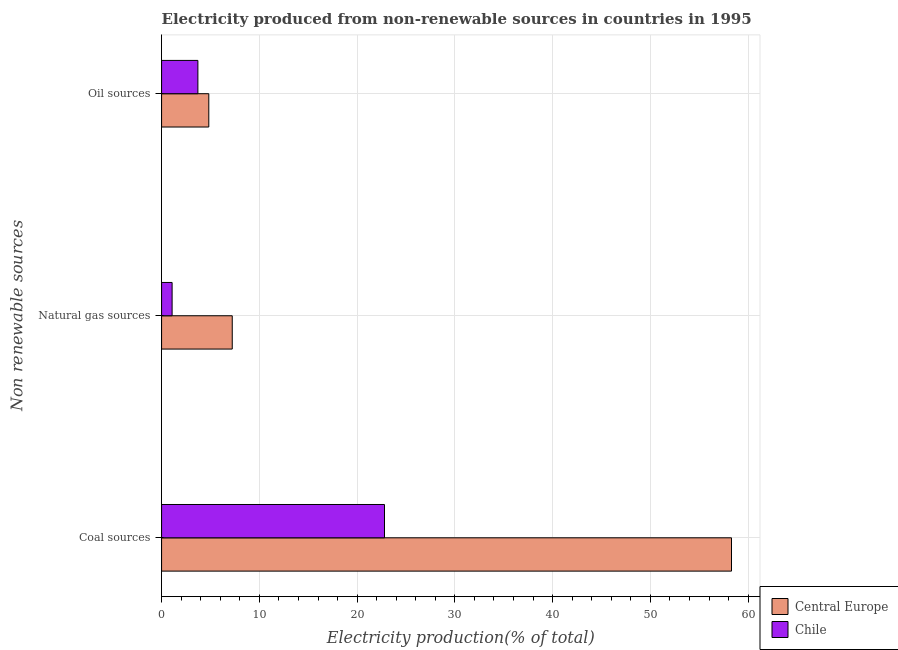
| Non renewable sources | Central Europe | Chile |
 | --- | --- | --- |
 | Coal sources | 58.3 | 22.8 |
 | Natural gas sources | 7.23 | 1.08 |
 | Oil sources | 4.83 | 3.71 |